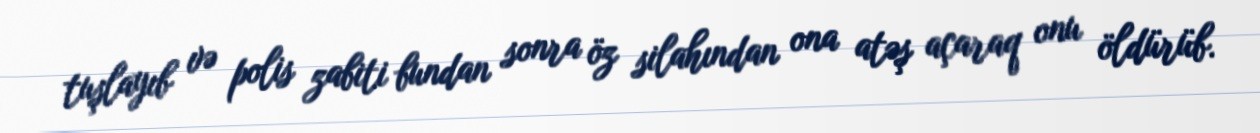
tuşlayıb və polis zabiti bundan sonra öz silahından ona atəş açaraq onu öldürüb.